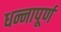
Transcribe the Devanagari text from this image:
धन्नापूर्ण